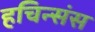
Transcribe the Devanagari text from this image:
हचिन्संस